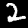
Digit: 2